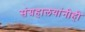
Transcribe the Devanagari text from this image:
संग्रहालयांनीही